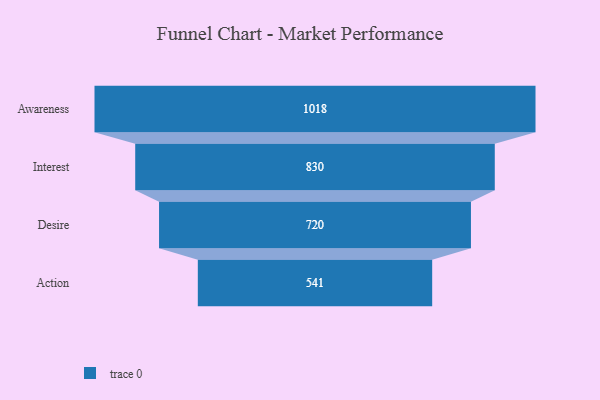
{"axis": {"x": "Stage", "y": "Value"}, "legend": [""], "data": [{"x": "Awareness", "y": 1018.0, "type": ""}, {"x": "Interest", "y": 830.0, "type": ""}, {"x": "Desire", "y": 720.0, "type": ""}, {"x": "Action", "y": 541.0, "type": ""}]}